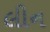
લીન